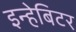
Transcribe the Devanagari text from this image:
इन्हेबिटर